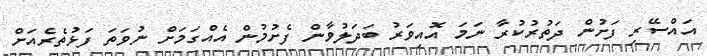
އައްސޭރި ފަށުން ދަތުރުކުރާ ނަމަ އޮއިވަރު ބަދަލުވާން ފެށުމުން އެއްގަމަށް ނުވަތަ ފަޅުތެރެއަށް